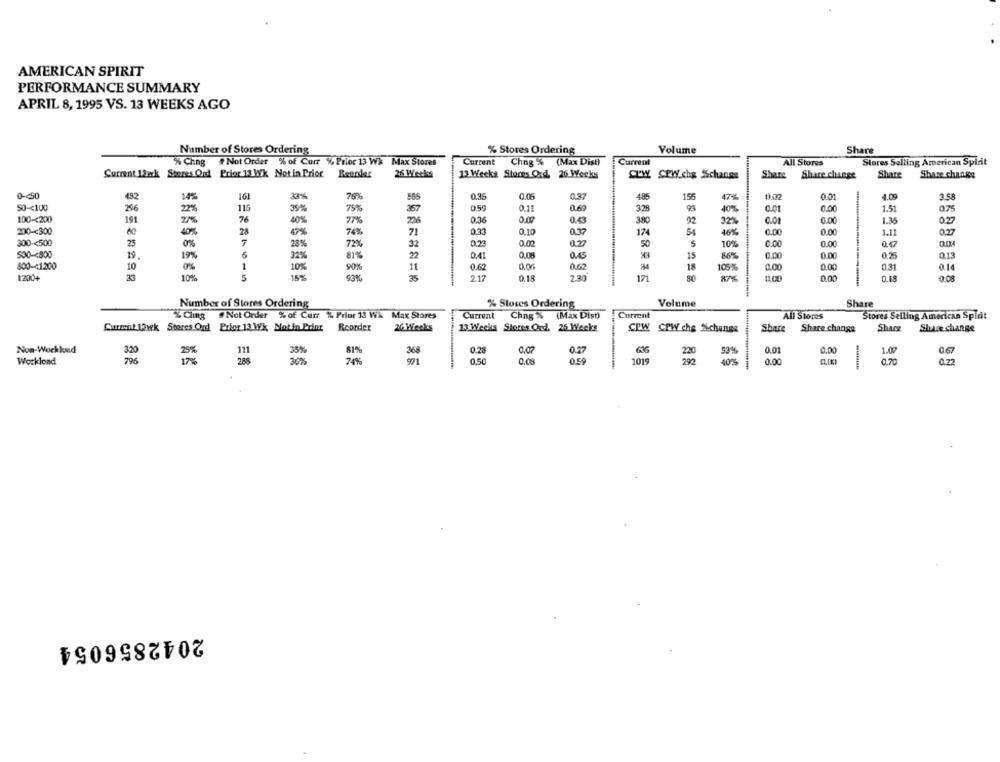
AMERICAN SPIRIT
PERFORMANCE SUMMARY
APRIL 8, 1995 VS. 13 WEEKS AGO
Number of Stores Ordering
% Stores Ordering
Volume
Share
Current
Chng % (Max Dist)
Current
All Stores
% Ching Not Order % of Curr % Prior 13 Wk Max Stores
Stores Selling American Spirit
Current 12wk Stores Oud Prior 13 Wk Not in Prior
26 Weeks
13 Weeks Stores Ord. 26 Weeks
CPW CEW chy %change
Share Share change
Share
Share change
0-50
482
14
16
33%
76%
586
0.35
0.37
156
47%
0.02
0.01
4.09
3.58
0.60
50 -< 100
256
22%
115
35%
75%
357
0.59
0.11
328
93
40%
0.00
1.51
07
100-200
191
76
40%
77%
0.36
0.00
380
22
32%
0.01
0.00
1.36
0.2
200 -< 300
40%
28
74%
71
0.33
0.10
0.37
174
S
46%
0.00
0.00
1.11
0.27
300 -< 500
25
0%
7
28%
72%
32
0.23
0.02
0.2
50
10%
0.0
00
500 -< 500
19.
19%
6
32%
22
0.41
0.08
0.45
15
86%
0.00
0.00
0.25
Q1
800-41200
10
10%
90
11
0.62
0.62
18
105%
0.00
0.00
0.31
0.14
0%
1200+
10%
15
15%
53%
35
2.17
0.18
2.30
17
87%
11.00
0.00
0.18
00
Number of Stores Ordering
% Stores Ordering
Volume
Share
% Cling #Not Order % of Curr % Prior 13 Wi Max Stores
Current
Chng % (Max Dist)
Current
All Stores
Stores Selling American Spirit
Surmat 12wk Stores Oord Prior 13 Wk Motin Print Reorder
26 Weeks
13 Weeks Stores Ord. 26 Weeks
CPW CPW che Xchange
Share
Share change
Share
Shure change
Non-Work led
35%
81%
368
0.28
0,07
636
0.01
0.00
1.07
320
111
53%
06
Workload
796
17%
288
30%
20%
0,50
0.08
1019
40%
0.00
0.70
a.22
2042856054